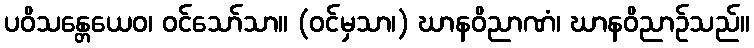
ပဝိသန္တေယေဝ၊ ဝင်သော်သာ။ (ဝင်မှသာ၊) ဃာနဝိညာဏံ၊ ဃာနဝိညာဉ်သည်။